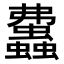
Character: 𧕒